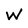
Character: W